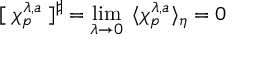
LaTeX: [ \; \chi _ { p } ^ { \lambda , a } \; ] ^ { \sharp } = \operatorname * { l i m } _ { \lambda \rightarrow 0 } \; \, \langle \chi _ { p } ^ { \lambda , a } \rangle _ { \eta } = 0